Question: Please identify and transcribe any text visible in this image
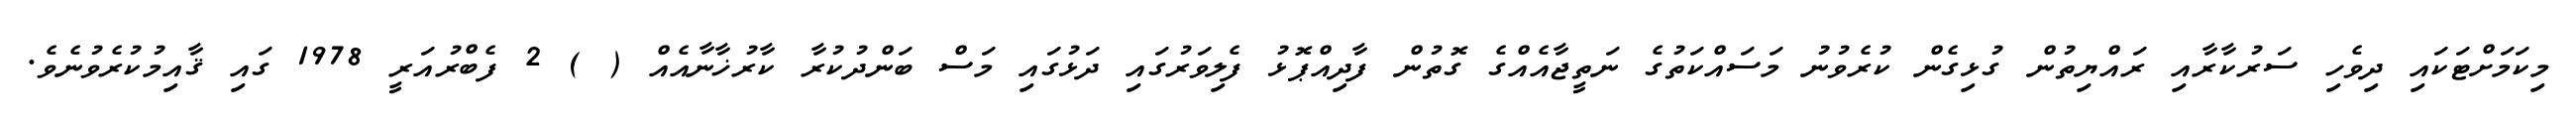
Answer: މިކަމަށްޓަކައި ދިވެހި ސަރުކާރާއި ރައްޔިތުން ގުޅިގެން ކުރެވުނު މަސައްކަތުގެ ނަތީޖާއެއްގެ ގޮތުން ފާދިއްޕޮޅު ފެލިވަރުގައި ދަޅުގައި މަސް ބަންދުކުރާ ކާރުޚާނާއެއް ( ) 2 ފެބްރުއަރީ 1978 ގައި ޤާއިމުކުރެވުނެވެ.